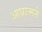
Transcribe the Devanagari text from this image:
आघ्रात्मने